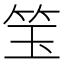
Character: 𬔵